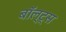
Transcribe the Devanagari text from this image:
बॉल्ट्स